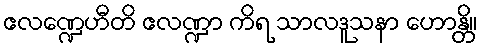
ဧလဏ္ဍေဟီတိ ဧလဏ္ဍာ ကိရ သာလဒူသနာ ဟောန္တိ။